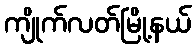
ကျိုက်လတ်မြို့နယ်